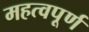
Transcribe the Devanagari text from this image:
महत्‍वपूर्ण